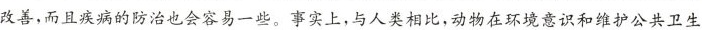
改善，而且疾病的防治也会容易一些。事实上，与人类相比，动物在环境意识和维护公共卫生